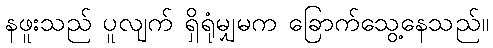
နဖူးသည် ပူလျက် ရှိရုံမျှမက ခြောက်သွေ့နေသည်။